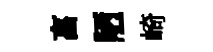
亯陋崎